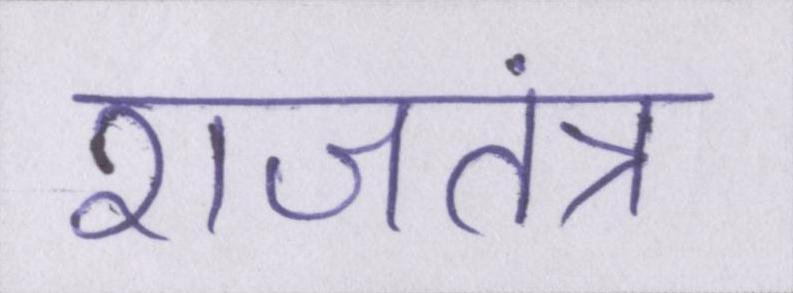
राजतंत्र